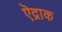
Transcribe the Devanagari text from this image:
ऎद्राक